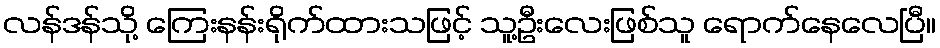
လန်ဒန်သို့ ကြေးနန်းရိုက်ထားသဖြင့် သူ့ဦးလေးဖြစ်သူ ရောက်နေလေပြီ။